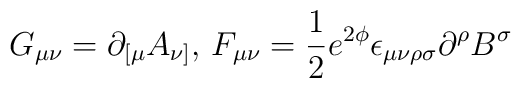
G_{\mu\nu} = \partial_{[\mu} A_{\nu]},\, F_{\mu\nu} = \frac{1}{2} e^{2\phi}  \epsilon_{\mu\nu\rho\sigma} \partial^\rho B^\sigma